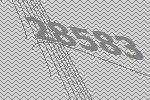
28583